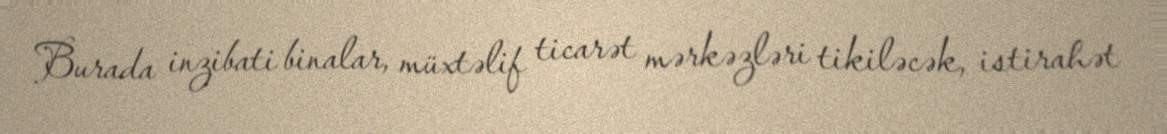
Burada inzibati binalar, müxtəlif ticarət mərkəzləri tikiləcək, istirahət